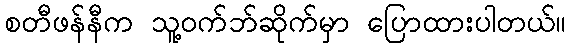
စတီဖန်နီက သူ့ဝက်ဘ်ဆိုက်မှာ ပြောထားပါတယ်။